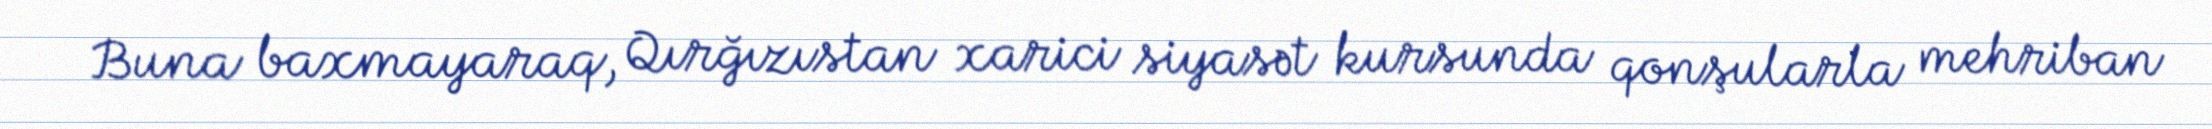
Buna baxmayaraq, Qırğızıstan xarici siyasət kursunda qonşularla mehriban